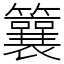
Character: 䉴